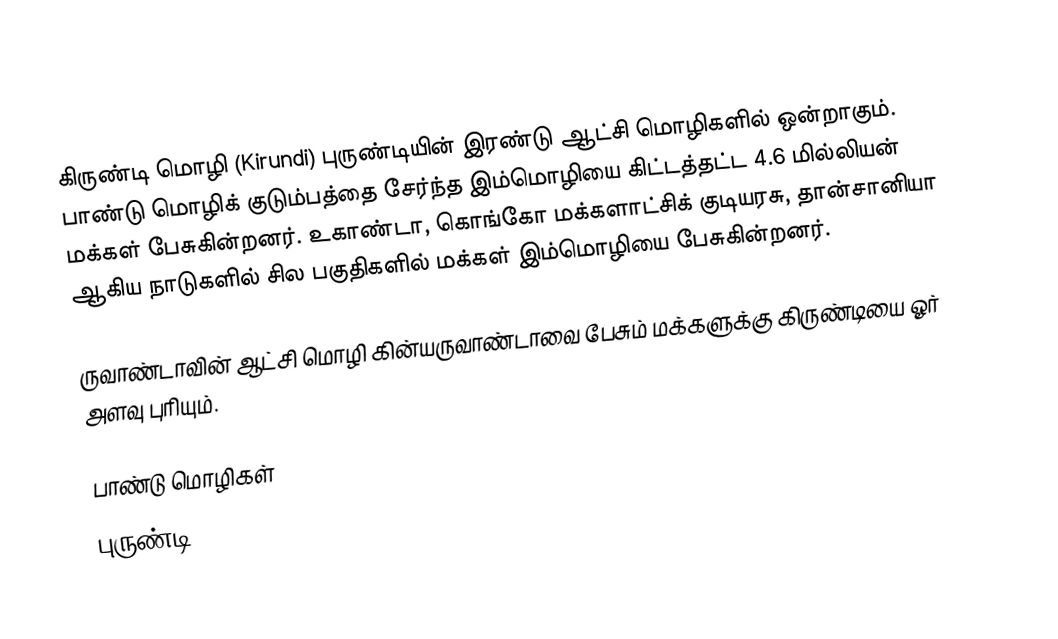
கிருண்டி மொழி (Kirundi) புருண்டியின் இரண்டு ஆட்சி மொழிகளில் ஒன்றாகும். பாண்டு மொழிக் குடும்பத்தை சேர்ந்த இம்மொழியை கிட்டத்தட்ட 4.6 மில்லியன் மக்கள் பேசுகின்றனர். உகாண்டா, கொங்கோ மக்களாட்சிக் குடியரசு, தான்சானியா ஆகிய நாடுகளில் சில பகுதிகளில் மக்கள் இம்மொழியை பேசுகின்றனர்.

ருவாண்டாவின் ஆட்சி மொழி கின்யருவாண்டாவை பேசும் மக்களுக்கு கிருண்டியை ஓர் அளவு புரியும்.

பாண்டு மொழிகள்
புருண்டி